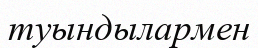
туындылармен